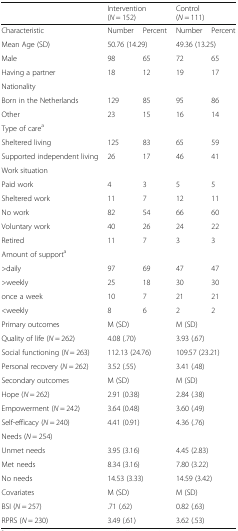
<table><thead><tr><td></td><td colspan="2"><b>Intervention (<i>N</i> = 152)</b></td><td colspan="2"><b>Control (<i>N</i> = 111)</b></td></tr></thead><tbody><tr><td>Characteristic</td><td>Number</td><td>Percent</td><td>Number</td><td>Percent</td></tr><tr><td>Mean Age (SD)</td><td colspan="2">50.76 (14.29)</td><td colspan="2">49.36 (13.25)</td></tr><tr><td>Male</td><td>98</td><td>65</td><td>72</td><td>65</td></tr><tr><td>Having a partner</td><td>18</td><td>12</td><td>19</td><td>17</td></tr><tr><td colspan="5">Nationality</td></tr><tr><td>Born in the Netherlands</td><td>129</td><td>85</td><td>95</td><td>86</td></tr><tr><td>Other</td><td>23</td><td>15</td><td>16</td><td>14</td></tr><tr><td colspan="5">Type of care<sup>a</sup></td></tr><tr><td>Sheltered living</td><td>125</td><td>83</td><td>65</td><td>59</td></tr><tr><td>Supported independent living</td><td>26</td><td>17</td><td>46</td><td>41</td></tr><tr><td colspan="5">Work situation</td></tr><tr><td>Paid work</td><td>4</td><td>3</td><td>5</td><td>5</td></tr><tr><td>Sheltered work</td><td>11</td><td>7</td><td>12</td><td>11</td></tr><tr><td>No work</td><td>82</td><td>54</td><td>66</td><td>60</td></tr><tr><td>Voluntary work</td><td>40</td><td>26</td><td>24</td><td>22</td></tr><tr><td>Retired</td><td>11</td><td>7</td><td>3</td><td>3</td></tr><tr><td colspan="5">Amount of support<sup>a</sup></td></tr><tr><td>&gt;daily</td><td>97</td><td>69</td><td>47</td><td>47</td></tr><tr><td>&gt;weekly</td><td>25</td><td>18</td><td>30</td><td>30</td></tr><tr><td>once a week</td><td>10</td><td>7</td><td>21</td><td>21</td></tr><tr><td>&lt;weekly</td><td>8</td><td>6</td><td>2</td><td>2</td></tr><tr><td>Primary outcomes</td><td colspan="2">M (SD)</td><td colspan="2">M (SD)</td></tr><tr><td>Quality of life (<i>N</i> = 262)</td><td colspan="2">4.08 (.70)</td><td colspan="2">3.93 (.67)</td></tr><tr><td>Social functioning (<i>N</i> = 263)</td><td colspan="2">112.13 (24.76)</td><td colspan="2">109.57 (23.21)</td></tr><tr><td>Personal recovery (<i>N</i> = 262)</td><td colspan="2">3.52 (.55)</td><td colspan="2">3.41 (.48)</td></tr><tr><td>Secondary outcomes</td><td colspan="2">M (SD)</td><td colspan="2">M (SD)</td></tr><tr><td>Hope (<i>N</i> = 262)</td><td colspan="2">2.91 (0.38)</td><td colspan="2">2.84 (.38)</td></tr><tr><td>Empowerment (<i>N</i> = 242)</td><td colspan="2">3.64 (0.48)</td><td colspan="2">3.60 (.49)</td></tr><tr><td>Self-efficacy (<i>N</i> = 240)</td><td colspan="2">4.41 (0.91)</td><td colspan="2">4.36 (.76)</td></tr><tr><td colspan="5">Needs (<i>N</i> = 254)</td></tr><tr><td>Unmet needs</td><td colspan="2">3.95 (3.16)</td><td colspan="2">4.45 (2.83)</td></tr><tr><td>Met needs</td><td colspan="2">8.34 (3.16)</td><td colspan="2">7.80 (3.22)</td></tr><tr><td>No needs</td><td colspan="2">14.53 (3.33)</td><td colspan="2">14.59 (3.42)</td></tr><tr><td>Covariates</td><td colspan="2">M (SD)</td><td colspan="2">M (SD)</td></tr><tr><td>BSI (<i>N</i> = 257)</td><td colspan="2">.71 (.62)</td><td colspan="2">0.82 (.63)</td></tr><tr><td>RPRS (<i>N</i> = 230)</td><td colspan="2">3.49 (.61)</td><td colspan="2">3.62 (.53)</td></tr></tbody></table>